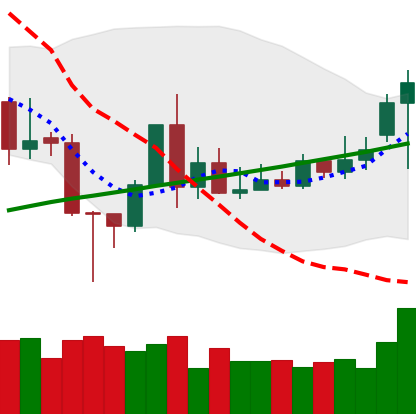
Ticker: TRX-USD
Chart end date: 2020-11-18
Forward return: 18.086%
Label: up_7plus